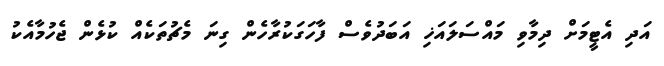
އަދި އެޓީމަށް ދިމާވި މައްސަލައަޚި އަބަދުވެސް ފާހަގަކުރާހެން ގިނަ މެޗުތަކެއް ކުޅެން ޖެހުމާއެކު